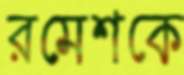
রমেশকে